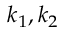
k _ { 1 } , k _ { 2 }